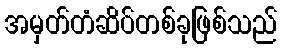
အမှတ်တံဆိပ်တစ်ခုဖြစ်သည်